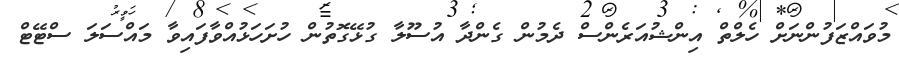
މުވައްޒަފުންނަށް ހެލްތް އިންޝުއަރެންސް ދެމުން ގެންދާ އުސޫލާ ގުޅޭގޮތުން ހުށަހަޅުއްވާފައިވާ މައްސަލަ ސްޓޭޓް